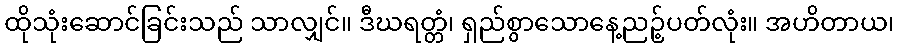
ထိုသုံးဆောင်ခြင်းသည် သာလျှင်။ ဒီဃရတ္တံ၊ ရှည်စွာသောနေ့ညဉ့်ပတ်လုံး။ အဟိတာယ၊